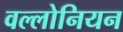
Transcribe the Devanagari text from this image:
वल्लोनियन